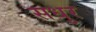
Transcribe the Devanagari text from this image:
सधुर